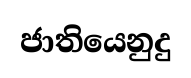
ජාතියෙනුදු